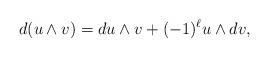
LaTeX: \begin{align*}d(u\wedge v)=du\wedge v+(-1)^\ell u\wedge dv,\end{align*}